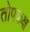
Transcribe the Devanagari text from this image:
तोपकक्ष